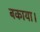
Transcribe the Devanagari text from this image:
बकाया।